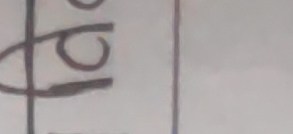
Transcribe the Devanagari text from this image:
पृ